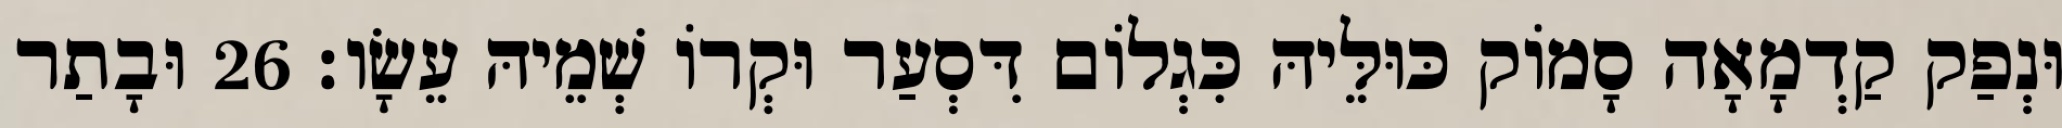
וּנְפַק קַדְמָאָה סָמוֹק כּוּלֵּיהּ כִּגְלוֹם דִּסְעַר וּקְרוֹ שְׁמֵיהּ עֵשָׂו׃ 26 וּבָתַר